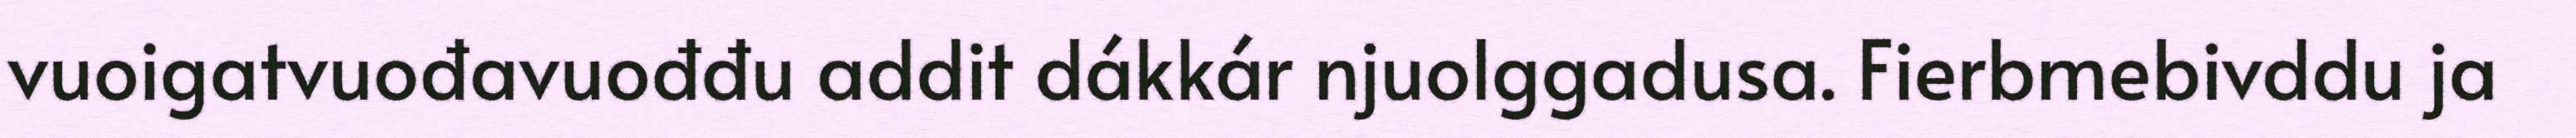
vuoigatvuođavuođđu addit dákkár njuolggadusa. Fierbmebivddu ja